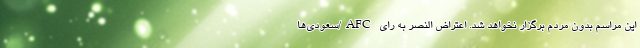
این مراسم بدون مردم برگزار نخواهد شد. اعتراض النصر به رای AFC/سعودی‌ها